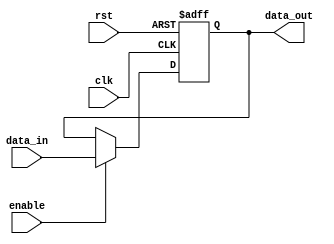
module SimpleBypassRegister (
    input wire clk,
    input wire rst,
    input wire enable,
    input wire [DATA_WIDTH-1:0] data_in,
    output reg [DATA_WIDTH-1:0] data_out
);

parameter DATA_WIDTH = 8;

reg [DATA_WIDTH-1:0] reg_data;

always @ (posedge clk or posedge rst) begin
    if (rst) begin
        reg_data <= 0;
    end else if (enable) begin
        reg_data <= data_in;
    end
end

assign data_out = reg_data;

endmodule